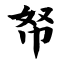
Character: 帑